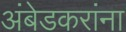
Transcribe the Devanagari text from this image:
अंबेडकरांना